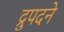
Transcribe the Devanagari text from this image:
द्रुपदने